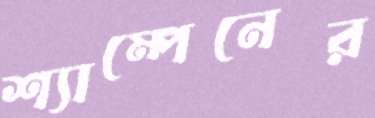
শ্যাম্পেনের